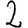
Digit: 2